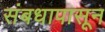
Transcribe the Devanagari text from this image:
संबधापासून